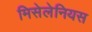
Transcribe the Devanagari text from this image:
मिसेलेनियस